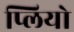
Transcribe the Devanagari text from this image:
प्लियो